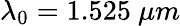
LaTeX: \lambda_{0}=1.525\ \mu m